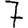
Digit: 7